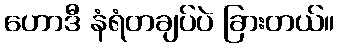
ဟောဒီ နံရံတချပ်ပဲ ခြားတယ်။